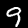
Digit: 9